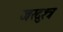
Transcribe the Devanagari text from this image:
जरदुश्त्र